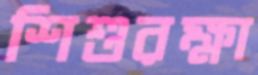
শিশুরক্ষা